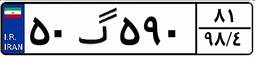
۷۱گ۱۴۷۸۹